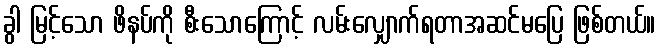
ခွါ မြင့်သော ဖိနပ်ကို စီးသောကြောင့် လမ်းလျှောက်ရတာအဆင်မပြေ ဖြစ်တယ်။